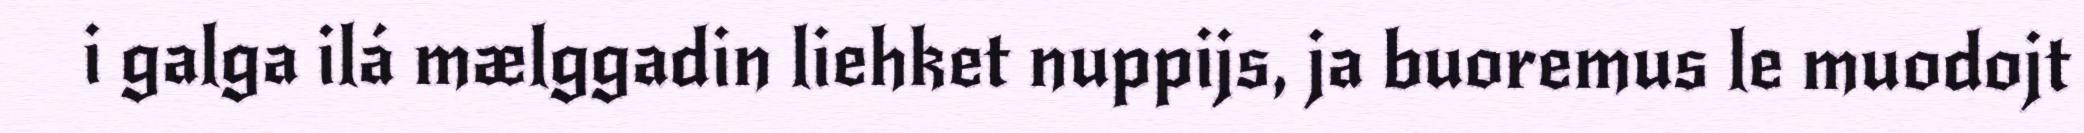
i galga ilá mælggadin liehket nuppijs, ja buoremus le muodojt